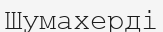
Шумахерді